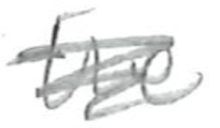
Text: the
Cross-out: scratch
Writing tool: pencil